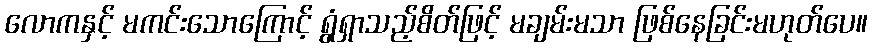
လောကနှင့် မကင်းသောကြောင့် ရွံရှာသည့်စိတ်ဖြင့် မချမ်းမသာ ဖြစ်နေခြင်းမဟုတ်ပေ။